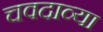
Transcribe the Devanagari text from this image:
चवदाव्या